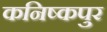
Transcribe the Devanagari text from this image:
कनिष्कपुर